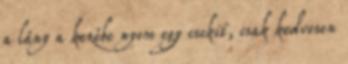
a lány a kezébe nyom egy csokit, csak kedvesen